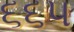
૬૬૫